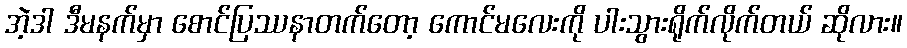
အဲ့ဒါ ဒီမနက်မှာ စောင်ပြဿနာတက်တော့ ကောင်မလေးကို ပါးသွားရိုက်လိုက်တယ် ဆိုလား။